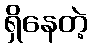
ရှိနေတဲ့